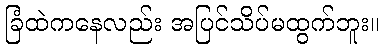
ခြံထဲကနေလည်း အပြင်သိပ်မထွက်ဘူး။